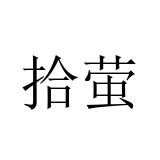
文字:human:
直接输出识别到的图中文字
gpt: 拾萤